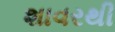
શાવરથી